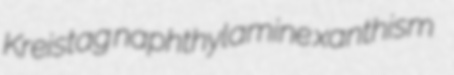
Kreistag naphthylamine xanthism